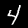
Label: 4